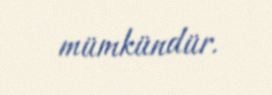
mümkündür.